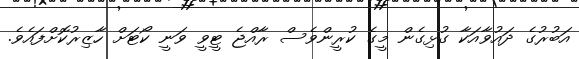
އަބުރުގެ ދައުވާއަކާ ގުޅިގެން މީގެ ކުރީންވެސް ރާއްޖެ ޓީވީ ވަނީ ކޯޓަށް ހާޒިރުކޮށްފައެވެ.